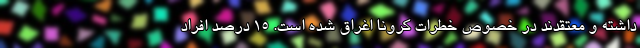
داشته و معتقدند در خصوص خطرات کرونا اغراق شده است. ۱۵ درصد افراد